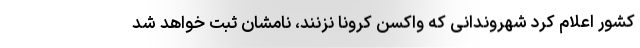
کشور اعلام کرد شهروندانی که واکسن کرونا نزنند، نامشان ثبت خواهد شد